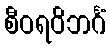
စီဝရဝိဘင်္ဂံ